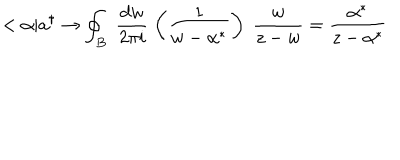
LaTeX: < \alpha | a ^ { \dagger } \rightarrow \oint _ { B } \; \frac { d w } { 2 \pi i } \; \left( \frac 1 { w - \alpha ^ { * } } \right) \; \frac w { z - w } = \frac { \alpha ^ { * } } { z - \alpha ^ { * } }